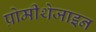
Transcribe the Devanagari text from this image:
प्रोमीथेजाइन